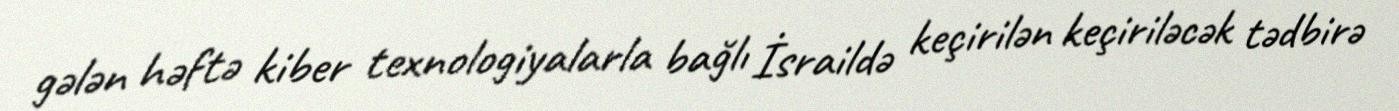
gələn həftə kiber texnologiyalarla bağlı İsraildə keçirilən keçiriləcək tədbirə